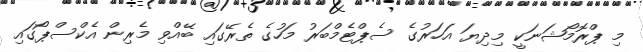
މި ޕްރޮމޯޝަނަކީ މިދިޔަ އަހަރުގެ ސެޕްޓެމްބަރު މަހުގެ ތެރޭގައި ބޭއްވި މެރިން އެކްސްޕޯގައި